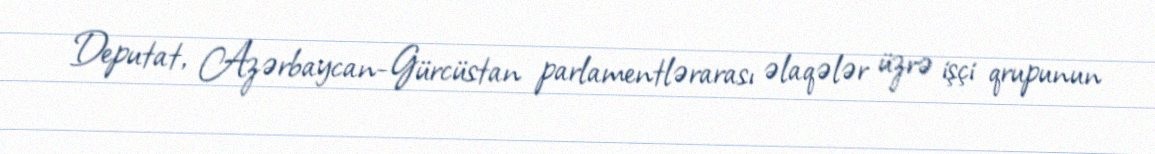
Deputat, Azərbaycan-Gürcüstan parlamentlərarası əlaqələr üzrə işçi qrupunun